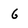
Character: 6